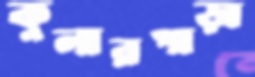
কুলারপাড়া